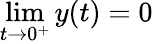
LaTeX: \operatorname*{lim}_{t\rightarrow 0^{+}}y(t)=0